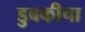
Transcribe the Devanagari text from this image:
डुबकीचा